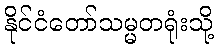
နိုင်ငံတော်သမ္မတရုံးသို့